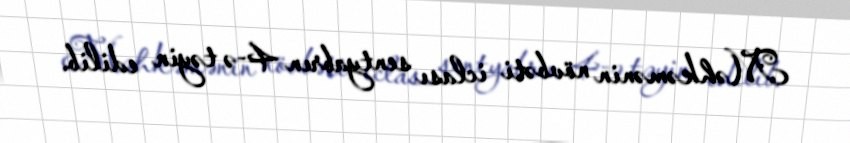
Məhkəmənin növbəti iclası sentyabrın 4-ə təyin edilib.